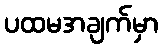
ပထမအချက်မှာ